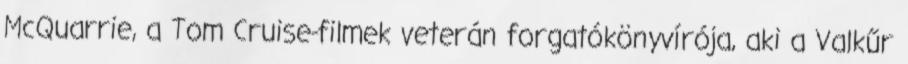
McQuarrie, a Tom Cruise-filmek veterán forgatókönyvírója, aki a Valkűr